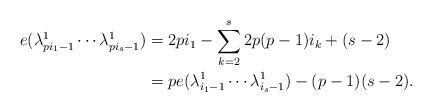
LaTeX: \begin{align*}e(\lambda^1_{pi_1-1}\cdots\lambda^1_{pi_s-1})&=2pi_1-\sum_{k=2}^s2p(p-1)i_k+(s-2)\\&=pe(\lambda^1_{i_1-1}\cdots\lambda^1_{i_s-1})-(p-1)(s-2).\end{align*}